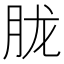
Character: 胧